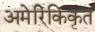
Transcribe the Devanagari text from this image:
अमेरिकिकृत